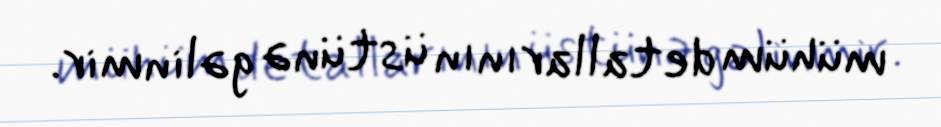
mühüm detallarının üstünə gəlinmir.